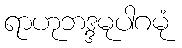
ရာဟုဘဒ္ဒမုပါဂမုံ